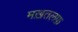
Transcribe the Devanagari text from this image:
मख़तलफ़